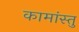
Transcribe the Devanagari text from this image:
कामांस्तु